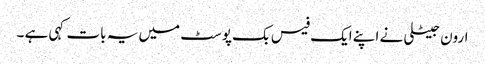
ارون جیٹلی نے اپنے ایک فیس بک پوسٹ میں یہ بات کہی ہے ۔